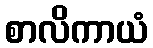
စာလိကာယံ